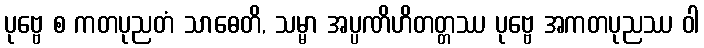
ပုဗ္ဗေ စ ကတပုညတံ သာဓေတိ, သမ္မာ အပ္ပဏိဟိတတ္တဿ ပုဗ္ဗေ အကတပုညဿ ဝါ